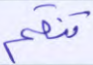
تنقم